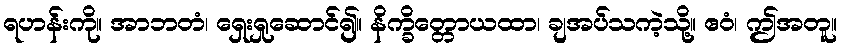
ရဟန်းကို။ အာဘတံ၊ ရှေးရှုဆောင်၍။ နိက္ခိတ္တောယထာ၊ ချအပ်သကဲ့သို့။ ဧဝံ၊ ဤအတူ။